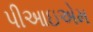
પીઆઇએમ